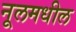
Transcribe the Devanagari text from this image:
नूलमधील